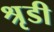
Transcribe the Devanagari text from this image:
श्रृडी